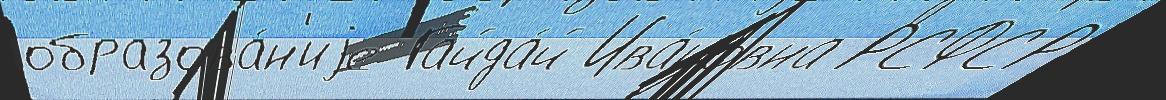
образова́н'иjе Гайда́й Ива́новна РСФСР